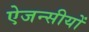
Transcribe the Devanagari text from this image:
ऐजन्सीयों